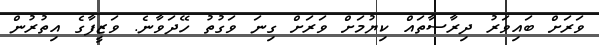
ވަރަށް ބައިވަރު ދިރާސާތައް ކިޔުމަށް ވަރަށް ގިނަ ވަގުތު ހޭދަވާނެ. ވަޒީފާގެ އިތުރުން